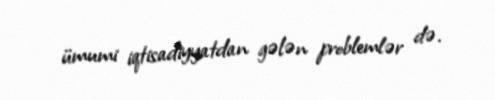
ümumi iqtisadiyyatdan gələn problemlər də.